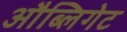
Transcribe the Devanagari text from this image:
औब्लिगेट